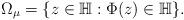
LaTeX: \begin{align*}\Omega_{\mu}=\{z\in\mathbb{H}:\Phi(z)\in\mathbb{H}\}.\end{align*}